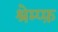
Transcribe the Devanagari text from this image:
श्रेम्प्फ़